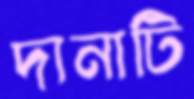
দানাটি